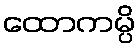
ထောကမ္ပိ